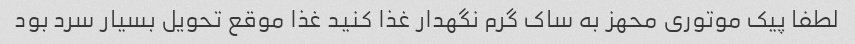
لطفا پیک موتوری محهز به ساک گرم نگهدار غذا کنید غذا موقع تحویل بسیار سرد بود